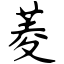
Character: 菱